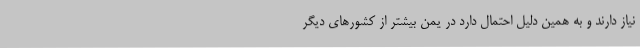
نیاز دارند و به همین دلیل احتمال دارد در یمن بیشتر از کشورهای دیگر